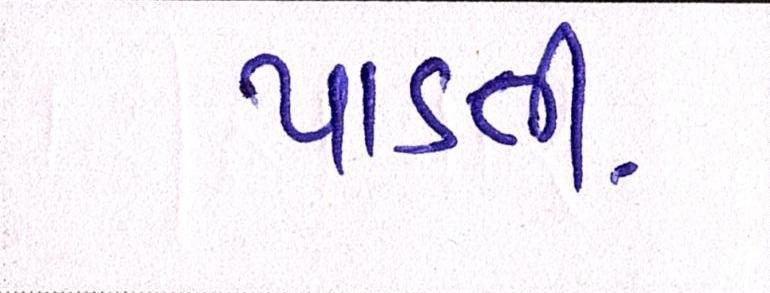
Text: પાડતી